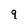
Character: 9